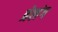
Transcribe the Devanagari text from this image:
त्रेलंग